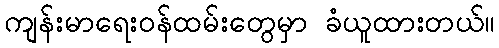
ကျန်းမာရေး၀န်ထမ်းတွေမှာ ခံယူထားတယ်။